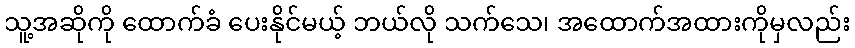
သူ့အဆိုကို ထောက်ခံ ပေးနိုင်မယ့် ဘယ်လို သက်သေ၊ အထောက်အထားကိုမှလည်း